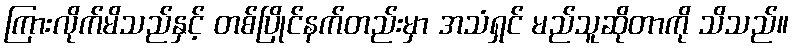
ကြားလိုက်မိသည်နှင့် တစ်ပြိုင်နက်တည်းမှာ အသံရှင် မည်သူဆိုတာကို သိသည်။